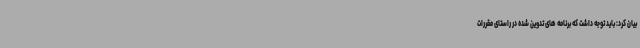
بیان کرد: باید توجه داشت که برنامه های تدوین شده در راستای مقررات